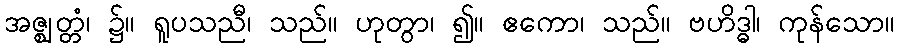
အဇ္ဈတ္တံ၊ ၌။ ရူပသညီ၊ သည်။ ဟုတွာ၊ ၍။ ဧကော၊ သည်။ ဗဟိဒ္ဓါ၊ ကုန်သော။